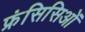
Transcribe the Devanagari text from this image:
फ्रंसिसिओं